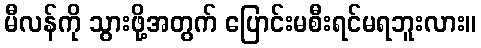
မီလန်ကို သွားဖို့အတွက် ပြောင်းမစီးရင်မရဘူးလား။